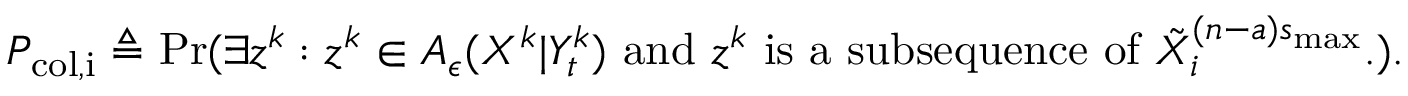
\begin{array} { r } { P _ { \mathrm { c o l , i } } \triangleq \operatorname* { P r } ( \exists { z } ^ { k } : { z } ^ { k } \in A _ { \epsilon } ( { X } ^ { k } | Y _ { t } ^ { k } ) \mathrm { ~ a n d ~ } { z } ^ { k } \mathrm { ~ i s ~ a ~ s u b s e q u e n c e ~ o f ~ } \tilde { X } _ { i } ^ { ( n - a ) s _ { \operatorname* { m a x } } } . ) . } \end{array}